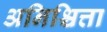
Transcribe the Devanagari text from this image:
अनिश्चित्ता